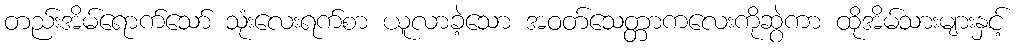
တည်းအိမ်ရောက်သော် သုံးလေးရက်စာ ယူလာခဲ့သော အဝတ်သေတ္တာကလေးကိုဆွဲကာ ထိုအိမ်သားများနှင့်